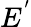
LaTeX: E^{'}